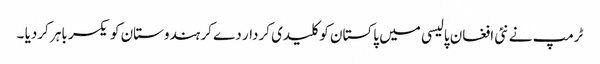
ٹرمپ نے نئی افغان پالیسی میں پاکستان کو کلیدی کردار دے کر ہندوستان کو یکسر باہر کردیا ۔